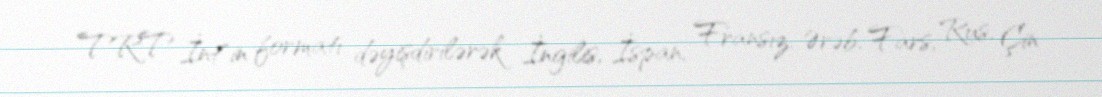
TRT İnt"in formatı dəyişdirilərək İngilis, İspan, Fransız, Ərəb, Fars, Rus, Çin